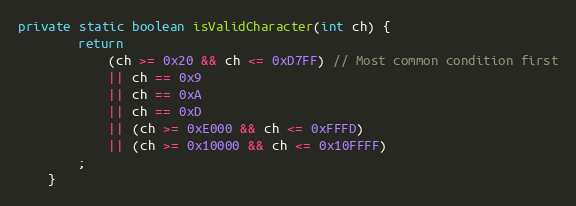
Language: Java
private static boolean isValidCharacter(int ch) {
		return
			(ch >= 0x20 && ch <= 0xD7FF) // Most common condition first
			|| ch == 0x9
			|| ch == 0xA
			|| ch == 0xD
			|| (ch >= 0xE000 && ch <= 0xFFFD)
			|| (ch >= 0x10000 && ch <= 0x10FFFF)
		;
	}